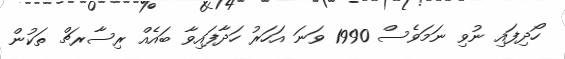
ހޯދިފައި ނުވި ނަމަވެސް 1990 ވަނަ އަހަރު ހަދާފައިވާ ބައެއް ރިސާރޗް ތަކުން